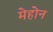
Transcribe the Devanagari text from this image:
मेहोन